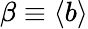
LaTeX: \beta\equiv\langle b\rangle